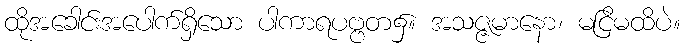
ထိုအခေါင်းအပေါက်ရှိသော ပါကာရပဗ္ဗတ၌။ အသဇ္ဇမာနော၊ မငြိမထိပဲ။